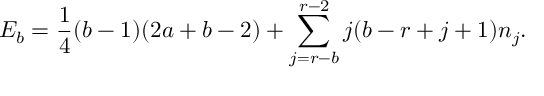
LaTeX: E _ { b } = \frac { 1 } { 4 } ( b - 1 ) ( 2 a + b - 2 ) + \sum _ { j = r - b } ^ { r - 2 } j ( b - r + j + 1 ) n _ { j } .